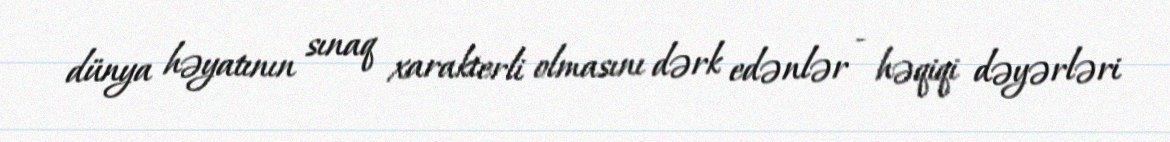
dünya həyatının sınaq xarakterli olmasını dərk edənlər - həqiqi dəyərləri